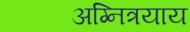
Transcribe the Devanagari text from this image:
अग्नित्रयाय